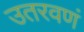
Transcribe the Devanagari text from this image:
उतरवणं